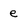
Character: e